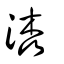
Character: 潹